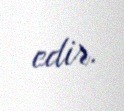
edir.